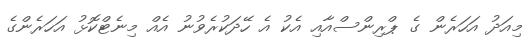
މިއަދު އަހަރެން ގެ ޕްރިންސްއާއި އެކު އެ ހޭދަކުރެވުނު އެއް މިނެޓްކޮޅު އަހަރެންގެ